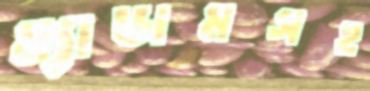
ম্যাডামসহ